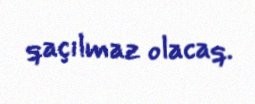
qaçılmaz olacaq.